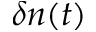
\delta n ( t )